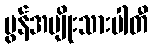
မွန်အမျိုးသားပါတီ